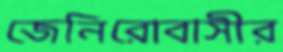
জেনিরোবাসীর